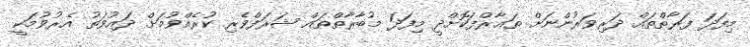
މިފަދަ ފަރާތްތައް ދަރިވަރުންނަށް ތަޢާރްފަކޮށްދީ މިފަދަ މުބާރާތްތައް ޝަރަފްވެރި ކުރެއްވުމަށް ދަޢުވަތު އެރުވުމަކީ